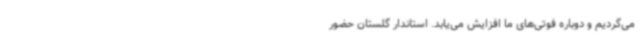
می‌گردیم و دوباره فوتی‌های ما افزایش می‌یابد. استاندار گلستان حضور